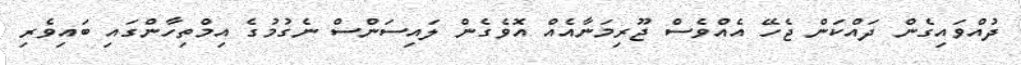
ދުއްވައިގެން ދައްކަން ޖެހޭ އެއްވެސް ޖޫރިމަނާއެއް އޮވެގެން ލައިސަންސް ނެގުމުގެ އިމްތިހާންގައި ބައިވެރި